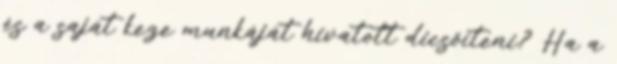
és a saját keze munkáját hivatott dicsőíteni? Ha a